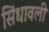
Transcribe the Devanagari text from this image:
सिंधावली